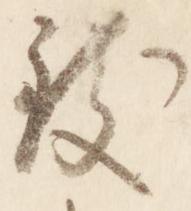
致